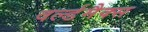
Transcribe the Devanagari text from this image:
वर्ल्डमैक्स